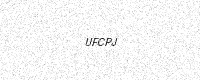
Text: UFCPJ